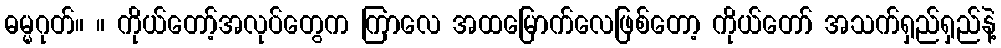
ဓမ္မဂုတ်။ ။ ကိုယ်တော့်အလုပ်တွေက ကြာလေ အထမြောက်လေဖြစ်တော့ ကိုယ်တော် အသက်ရှည်ရှည်နဲ့